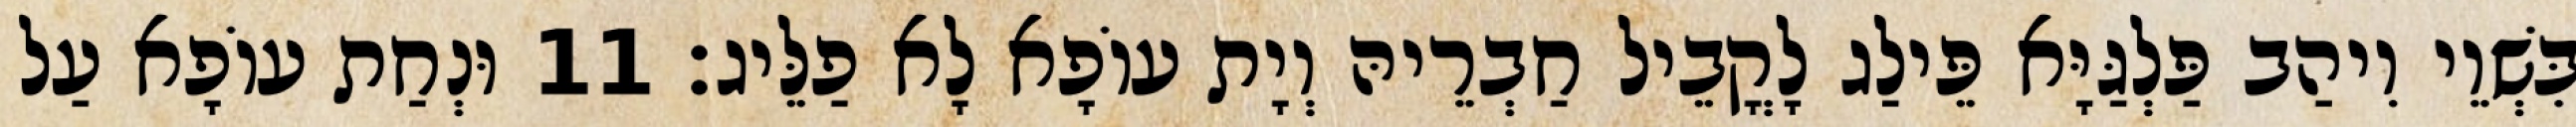
בִּשְׁוֵי וִיהַב פַּלְגַּיָּא פֵּילַג לָקֳבֵיל חַבְרֵיהּ וְיָת עוֹפָא לָא פַלֵּיג׃ 11 וּנְחַת עוֹפָא עַל